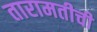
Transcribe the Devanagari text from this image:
तारामतीची